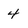
Character: 4